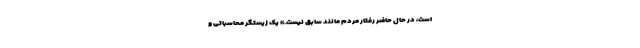
است، در حال حاضر رفتار مردم مانند سابق نیست.» یک زیستگر محاسباتی و